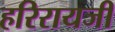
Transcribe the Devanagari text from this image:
हरिरायजी